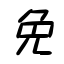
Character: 免